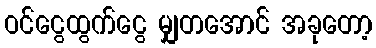
ဝင်ငွေထွက်ငွေ မျှတအောင် အခုတော့